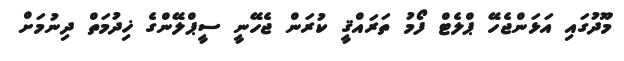
މޫދުގައި އަޅަންޖެހޭ ޕްލެޓް ފޯމު ތަރައްޤީ ކުރަން ޖެހޭނީ ސީޕްލޭންގެ ޚިދުމަތް ދިނުމަށް